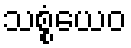
သစ္စံယေဝ